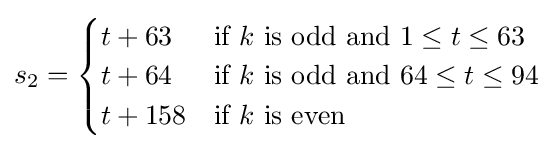
s_{2}={\begin{cases}t+63&{\mbox{if }}k{\mbox{ is odd and }}1\leq t\leq 63\\t+64&{\mbox{if }}k{\mbox{ is odd and }}64\leq t\leq 94\\t+158&{\mbox{if }}k{\mbox{ is even }}\end{cases}}